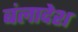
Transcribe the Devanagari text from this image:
बंलादेश